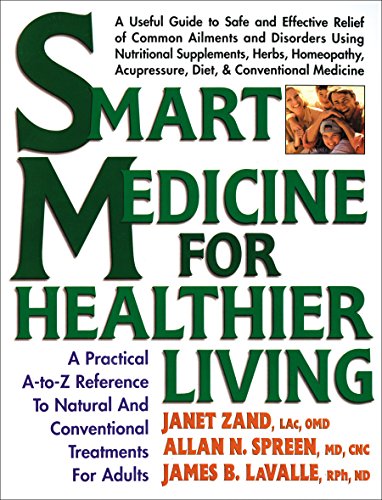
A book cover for Smart Medicine for Healthier Living : Practical A-Z Reference to Natural and Conventional Treatments for Adults; Janet Zand; Health, Fitness & Dieting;